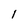
Character: l